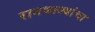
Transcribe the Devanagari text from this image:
रानभाज्यांचा